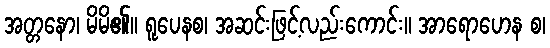
အတ္တနော၊ မိမိ၏။ ရူပေနစ၊ အဆင်းဖြင့်လည်းကောင်း။ အာရောဟေန စ၊